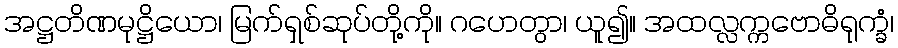
အဋ္ဌတိဏမုဋ္ဌိယော၊ မြက်ရှစ်ဆုပ်တို့ကို။ ဂဟေတွာ၊ ယူ၍။ အထလ္လက္ကဗောဓိရုက္ခံ၊